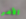
الأمر